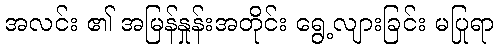
အလင်း ၏ အမြန်နှုန်းအတိုင်း ရွေ့လျားခြင်း မပြုရာ